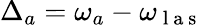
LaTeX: \Delta_{a}=\omega_{a}-\omega_{\mathrm{~l~a~s~}}